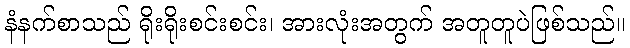
နံနက်စာသည် ရိုးရိုးစင်းစင်း၊ အားလုံးအတွက် အတူတူပဲဖြစ်သည်။